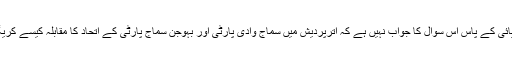
کسی بھاجپائی کے پاس اس سوال کا جواب نہیں ہے کہ اترپردیش میں سماج وادی پارٹی اور بہوجن سماج پارٹی کے اتحاد کا مقابلہ کیسے کریگی بھاجپا؟